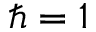
\hbar = 1